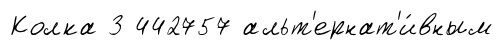
Колка 3 442757 альт'ернат'и́вным